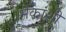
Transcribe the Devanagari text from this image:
मेकांशी